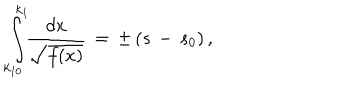
LaTeX: \int _ { k _ { 1 0 } } ^ { k _ { 1 } } \! \! \frac { d x } { \sqrt { f ( x ) } } \, = \, \pm \, ( s \, - \, s _ { 0 } ) \, { , }